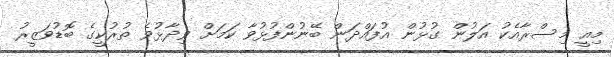
މިއީ މިސްރާއެކު އަލުން ގުޅުން އުފައްދަން ބޭނުންފުޅުވާ ކަމަށް ވިދާޅުވެ ތުރުކީގެ ބޮޑުވަޒީރު